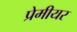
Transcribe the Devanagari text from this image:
प्रेमीयर